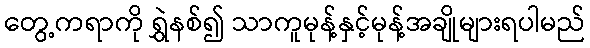
တွေ့ကရာကို ရွှဲနစ်၍ သာကူမုန့်နှင့်မုန့်အချိုများရပါမည်